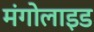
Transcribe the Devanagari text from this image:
मंगोलाइड